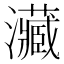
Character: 㶓